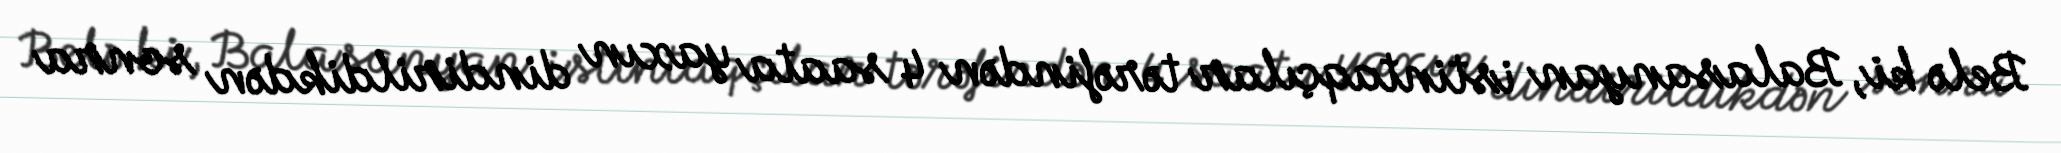
Belə ki, Balasanyan istintaqçılar tərəfindən 4 saata yaxın dindirildikdən sonra